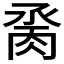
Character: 𦛆